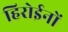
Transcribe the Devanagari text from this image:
हिरोईनों